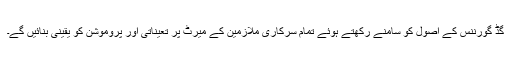
گڈ گورننس کے اصول کو سامنے رکھتے ہوئے تمام سرکاری ملازمین کے میرٹ پر تعیناتی اور پروموشن کو یقینی بنائیں گے۔